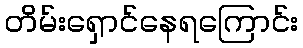
တိမ်းရှောင်နေရကြောင်း